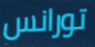
تورانس